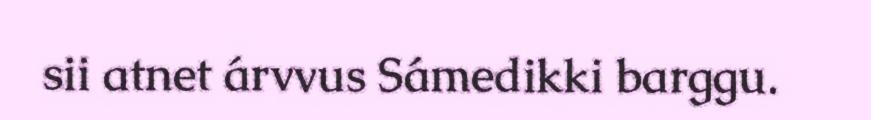
sii atnet árvvus Sámedikki barggu.